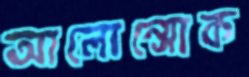
আলোন্সোক